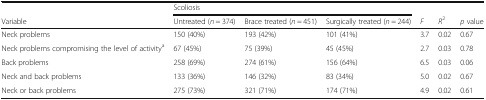
<table><thead><tr><td></td><td colspan="3"><b>Scoliosis</b></td><td></td><td></td><td></td></tr><tr><td><b>Variable</b></td><td><b>Untreated (<i>n</i> = 374)</b></td><td><b>Brace treated (<i>n</i> = 451)</b></td><td><b>Surgically treated (<i>n</i> = 244)</b></td><td><b><i>F</i></b></td><td><b><i>R</i><sup>2</sup></b></td><td><b><i>p</i> value</b></td></tr></thead><tbody><tr><td>Neck problems</td><td>150 (40%)</td><td>193 (42%)</td><td>101 (41%)</td><td>3.7</td><td>0.02</td><td>0.67</td></tr><tr><td>Neck problems compromising the level of activity<sup>a</sup></td><td>67 (45%)</td><td>75 (39%)</td><td>45 (45%)</td><td>2.7</td><td>0.03</td><td>0.78</td></tr><tr><td>Back problems</td><td>258 (69%)</td><td>274 (61%)</td><td>156 (64%)</td><td>6.5</td><td>0.03</td><td>0.06</td></tr><tr><td>Neck and back problems</td><td>133 (36%)</td><td>146 (32%)</td><td>83 (34%)</td><td>5.0</td><td>0.02</td><td>0.67</td></tr><tr><td>Neck or back problems</td><td>275 (73%)</td><td>321 (71%)</td><td>174 (71%)</td><td>4.9</td><td>0.02</td><td>0.61</td></tr></tbody></table>